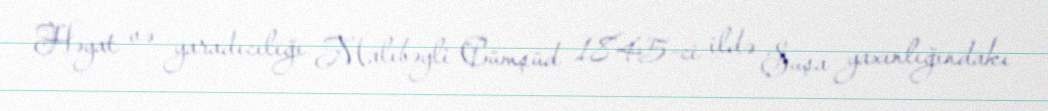
Həyat və yaradıcılığı Malıbəyli Cümşüd 1845-ci ildə Şuşa yaxınlığındakı